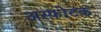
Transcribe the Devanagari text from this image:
अस्फोटक